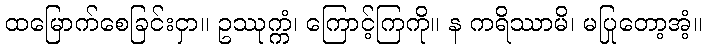
ထမြောက်စေခြင်းငှာ။ ဥဿုက္ကံ၊ ကြောင့်ကြကို။ န ကရိဿာမိ၊ မပြုတော့အံ့။